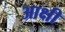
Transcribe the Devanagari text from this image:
आक्षी